Mental hospitals Bombay report 1921-28 - 1921-1928
Year: 1921
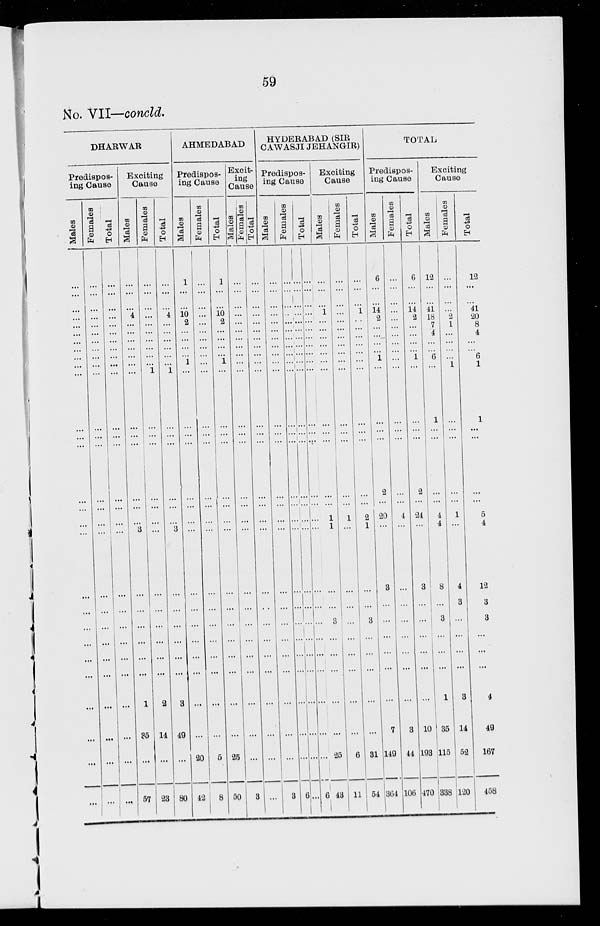
59
No. VII—concld.
DHARWAR
Predispos-
ing Cause
Males
...
...
...
...
...
...
...
...
...
...
...
...
...
...
...
...
...
...
...
...
...
...
...
...
...
...
...
...
Females
...
...
...
...
...
...
...
...
...
...
...
...
...
...
...
...
...
...
...
...
...
...
...
...
...
...
...
...
Total
...
...
...
...
...
...
...
...
...
...
...
...
...
...
...
...
...
...
...
...
...
...
...
...
...
...
...
...
Exciting
Cause
Males
...
...
...
4
...
...
...
...
...
...
...
...
...
...
...
...
...
3
...
...
...
...
...
...
1
35
...
57
Females
...
...
...
...
...
...
...
...
...
...
1
...
...
...
...
...
...
...
...
...
...
...
...
...
2
14
...
23
Total
...
...
...
4
...
...
...
...
...
...
1
...
...
...
...
...
...
3
...
...
...
...
...
...
3
49
...
80
AHMEDABAD
Predispos-
ing Cause
Males
1
...
...
10
2
...
...
...
...
1
...
...
...
...
...
...
...
...
...
...
...
...
...
...
...
...
20
42
Females
...
...
...
...
...
...
...
...
...
...
...
...
...
...
...
...
...
...
...
...
...
...
...
...
...
...
5
8
Total
1
...
...
10
2
...
...
...
...
1
...
...
...
...
...
...
...
...
...
...
...
...
...
...
...
...
25
50
Excit-
ing
Cause
Males.
...
...
...
...
...
...
...
...
...
...
...
...
...
...
...
...
...
...
...
...
...
...
...
...
...
...
...
3
Females
...
...
...
...
...
...
...
...
...
...
...
...
...
...
...
...
...
...
...
...
...
...
...
...
...
...
...
...
Total
...
...
...
...
...
...
...
...
...
...
...
...
...
...
...
...
...
...
...
...
...
...
...
...
...
...
...
3
HYDERABAD (SIR
JAWASJI JEHANGIR)
Predispos-
ing Cause
Males.
...
...
...
...
...
...
...
...
...
...
...
...
...
...
...
...
...
...
...
...
...
...
...
...
...
...
...
6
Females
...
...
...
...
...
...
...
...
...
...
...
...
...
...
...
...
...
...
...
...
...
...
...
...
...
...
...
...
Total
...
...
...
...
...
...
...
...
....
...
...
...
...
...
...
...
...
...
...
...
...
...
...
...
...
...
...
6
Exciting
Cause
Males
...
...
...
1 ...
...
...
...
...
...
...
...
...
...
...
...
1
1
...
...
3
...
...
25
43
Females
...
...
...
...
...
...
...
...
...
...
...
...
...
...
...
...
1
...
...
...
...
...
...
...
...
...
6
11
Total
...
...
...
1
...
...
...
...
...
...
...
...
...
...
...
...
2
1
...
1
3
...
...
...
...
...
31
54
TOTAL
Predispos-
ing Cause
Males
6
...
...
14
2
...
...
...
...
1
...
...
...
...
2
...
20
...
3
...
...
...
...
...
...
7
149
364
Females
...
...
...
...
...
...
...
...
...
...
...
...
...
...
...
...
4
...
...
...
...
...
...
...
...
3
44
106
Total
6
...
...
14
2
...
...
...
...
1
...
...
...
...
2
...
24
...
3
...
...
...
...
...
...
10
193
470
Exciting
Cause
Males
12
...
...
41
18
7
4
...
...
6
...
1
...
...
...
...
4
4
8
...
3
...
...
...
1
35
115
338
Females
...
...
...
...
2
1
...
...
...
...
1
...
...
...
...
...
1
...
4
3
...
...
...
...
3
14
52
120
Total
12
...
...
41
20
8
4
...
...
6
1
1
...
...
...
...
5
4
12
3
3
...
...
...
4
49
167
458